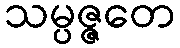
သမ္ပဇ္ဇတေ